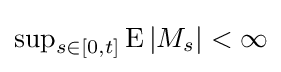
\textstyle \sup _{s\in [0,t]}\operatorname {E} |M_{s}|<\infty